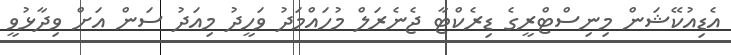
އެޑިއުކޭޝަން މިނިސްޓްރީގެ ޑިރެކްޓާ ޖެނެރަލް މުހައްމަދު ވަހީދު މިއަދު ސަން އަށް ވިދާޅުވީ